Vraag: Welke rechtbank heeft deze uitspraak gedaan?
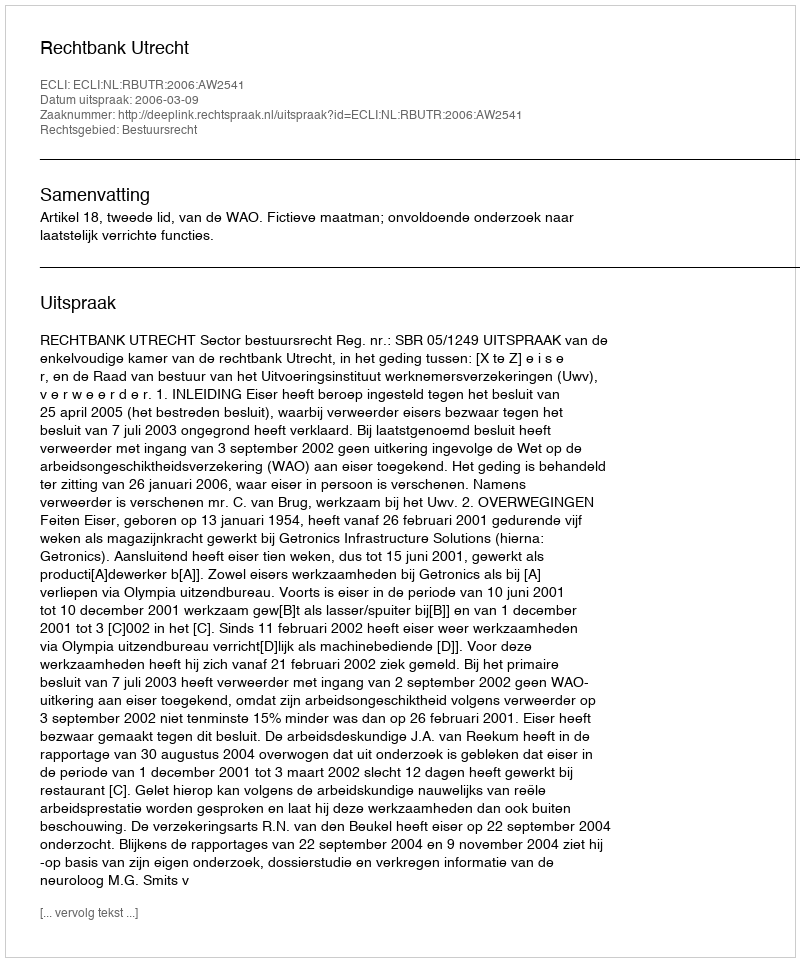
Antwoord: Rechtbank Utrecht